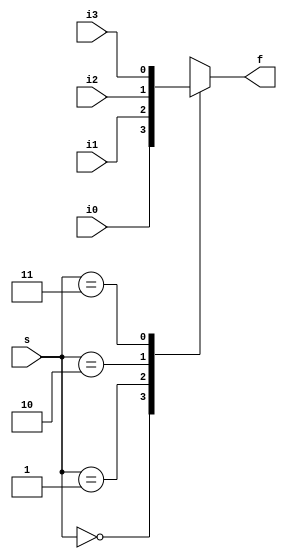
`timescale 1ns / 1ps
//////////////////////////////////////////////////////////////////////////////////
// Company: 
// Engineer: 
// 
// Design Name: 
// Module Name: mux_case
// Project Name: 
// Target Devices: 
// Tool Versions: 
// Description: 
// 
// Dependencies: 
// 
// Revision:
// Revision 0.01 - File Created
// Additional Comments:
// 
//////////////////////////////////////////////////////////////////////////////////


module mux_case(
    input i1,
    input i2,
    input i3,
    input i0,
    input [1:0] s,
    output reg f
    );
    
    always @(*)
    case (s)
    2'b00 : f <= i0;
    2'b01 : f <= i1;
    2'b10 : f <= i2;
    2'b11 : f <= i3;
    endcase
    
endmodule